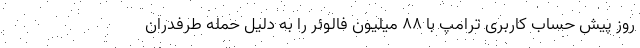
روز پیش حساب کاربری ترامپ با 88 میلیون فالوئر را به دلیل حمله طرفدران